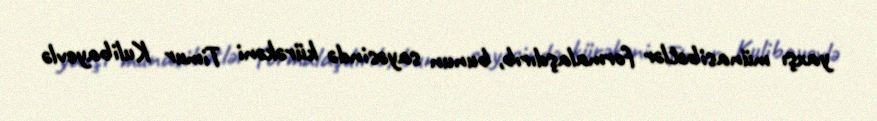
yaxşı münasibətlər formalaşdırıb, bunun sayəsində kürəkəni Timur Kulibayevlə